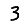
Digit: 3